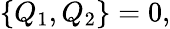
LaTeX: \{ Q_{1},Q_{2}\} =0,